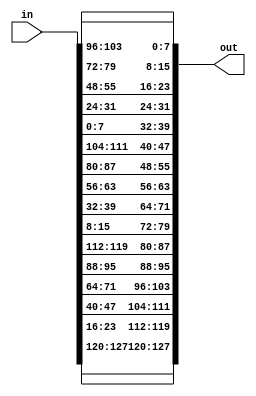
module InverseShiftRow(in, out);
input [0:127] in;
output [0:127] out;

////////////////////////////
////////////////////////////////
/////first row
  assign out[0:7] = in [0:7];
  assign out[32:39] = in [32:39];
  assign out[64:71] = in [64:71];
  assign out[96:103] = in [96:103];
//////////////////////
////////second row
  assign out[8:15] = in [104:111]; 
  assign out[40:47] = in [8:15];
  assign out[72:79] = in [40:47];
  assign out[104:111] = in [72:79];
////////////
//third row

  assign out[16:23] = in [80:87];
  assign out[48:55] = in [112:119];
  assign out[80:87] = in [16:23];
  assign out[112:119] = in [48:55];
////////////////
//fourth row
  assign out[24:31] = in [56:63];
  assign out[56:63] = in [88:95];
  assign out[88:95] = in [120:127];
  assign out[120:127] = in [24:31];
//

endmodule